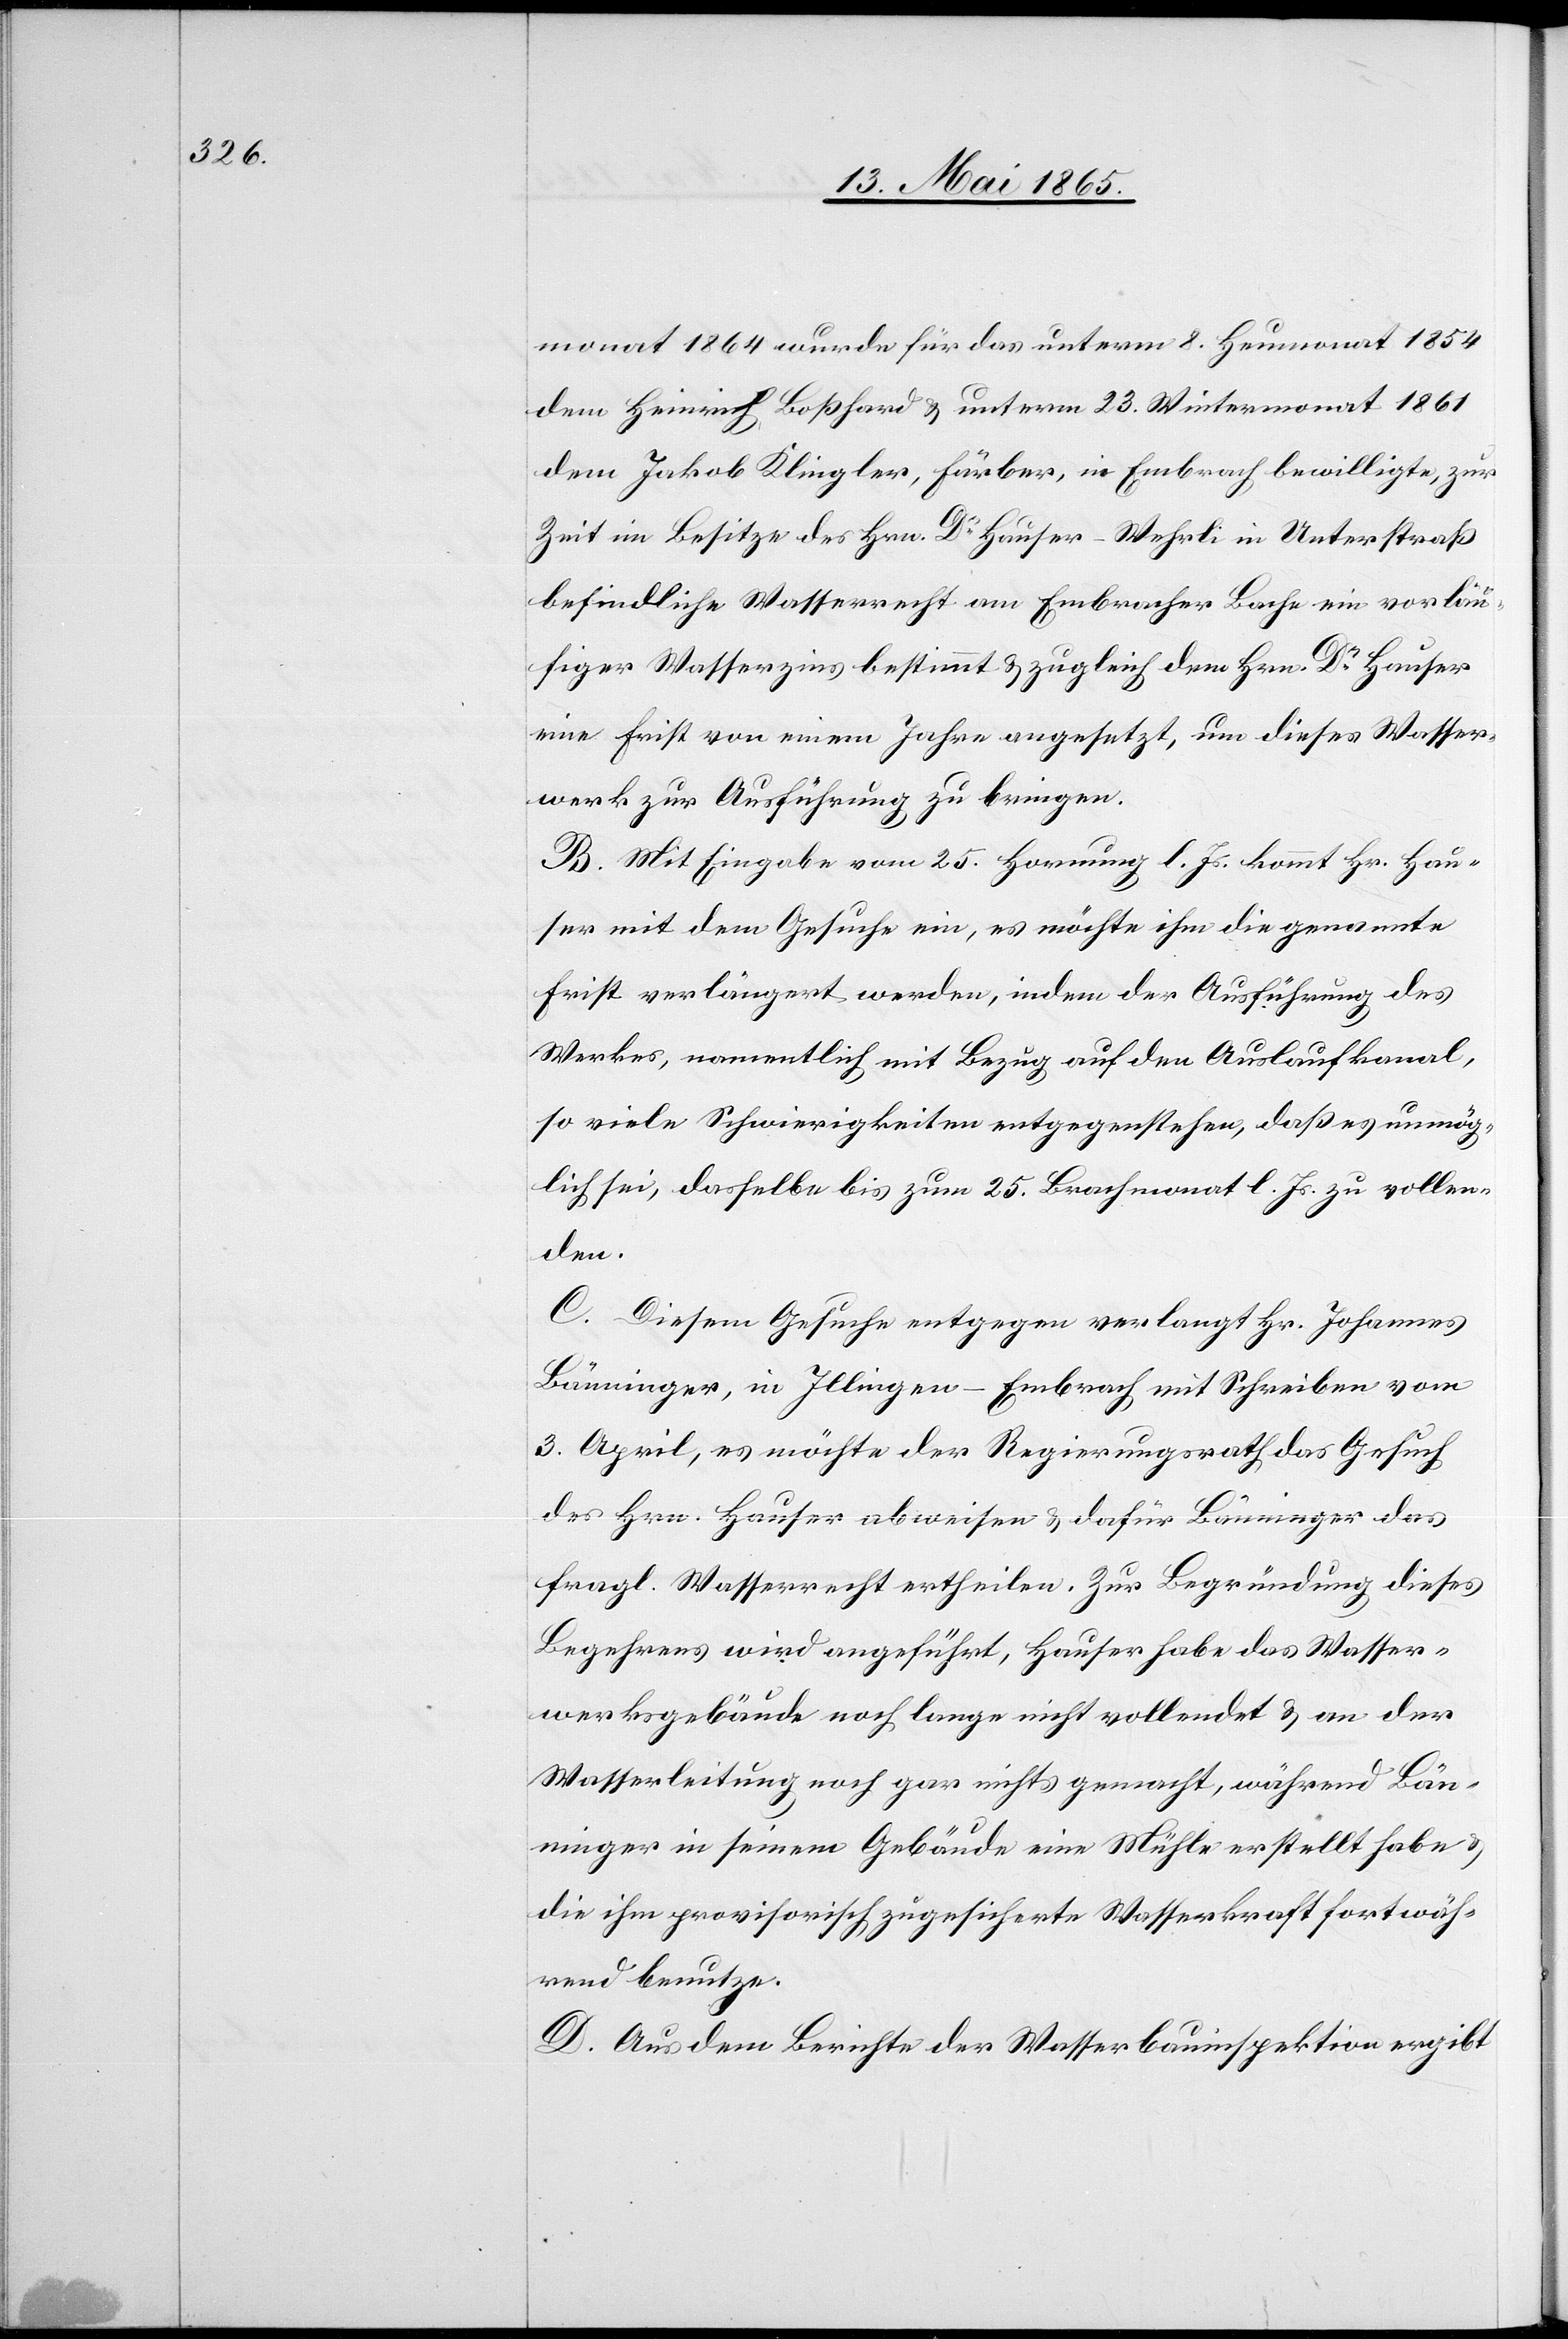
monat 1864 wurde für das unterm 8. Heumonat 1854
dem Heinrich Boßhard & unterm 23. Wintermonat 1861
dem Jakob Klingler, Färber, in Embrach bewilligte, zur
Zeit im Besitze des Hrn. Dr Hauser-Wehrli in Unterstraß
befindliche Wasserrecht am Embracher Bache ein vorläu¬
figer Wasserzins bestimmt & zugleich dem Hrn. Dr Hauser
eine Frist von einem Jahre angesetzt, um dieses Wasser¬
werk zur Ausführung zu bringen.
B. Mit Eingabe vom 25. Hornung l. Js. kommt Hr. Hau¬
ser mit dem Gesuche ein, es möchte ihm die genannte
Frist verlängert werden, indem der Ausführung des
Werkes, namentlich mit Bezug auf den Auslaufkanal,
so viele Schwierigkeiten entgegenstehen, daß es unmög¬
lich sei, dasselbe bis zum 25. Brachmonat l. Js. zu vollen¬
den.
C. Diesem Gesuche entgegen verlangt Hr. Johannes
Bänninger, in Illingen-Embrach mit Schreiben vom
3. April, es möchte der Regierungsrath das Gesuch
des Hrn. Hauser abweisen & dafür Bänninger das
fragl. Wasserrecht ertheilen. Zur Begründung dieses
Begehrens wird angeführt, Hauser habe das Wasser¬
werksgebäude noch lange nicht vollendet & an der
Wasserleitung noch gar nichts gemacht, während Bän¬
ninger in seinem Gebäude eine Mühle erstellt habe &
die ihm provisorisch zugesicherte Wasserkraft fortwäh¬
rend benutze.
D. Aus dem Berichte der Wasserbauinspektion ergibt